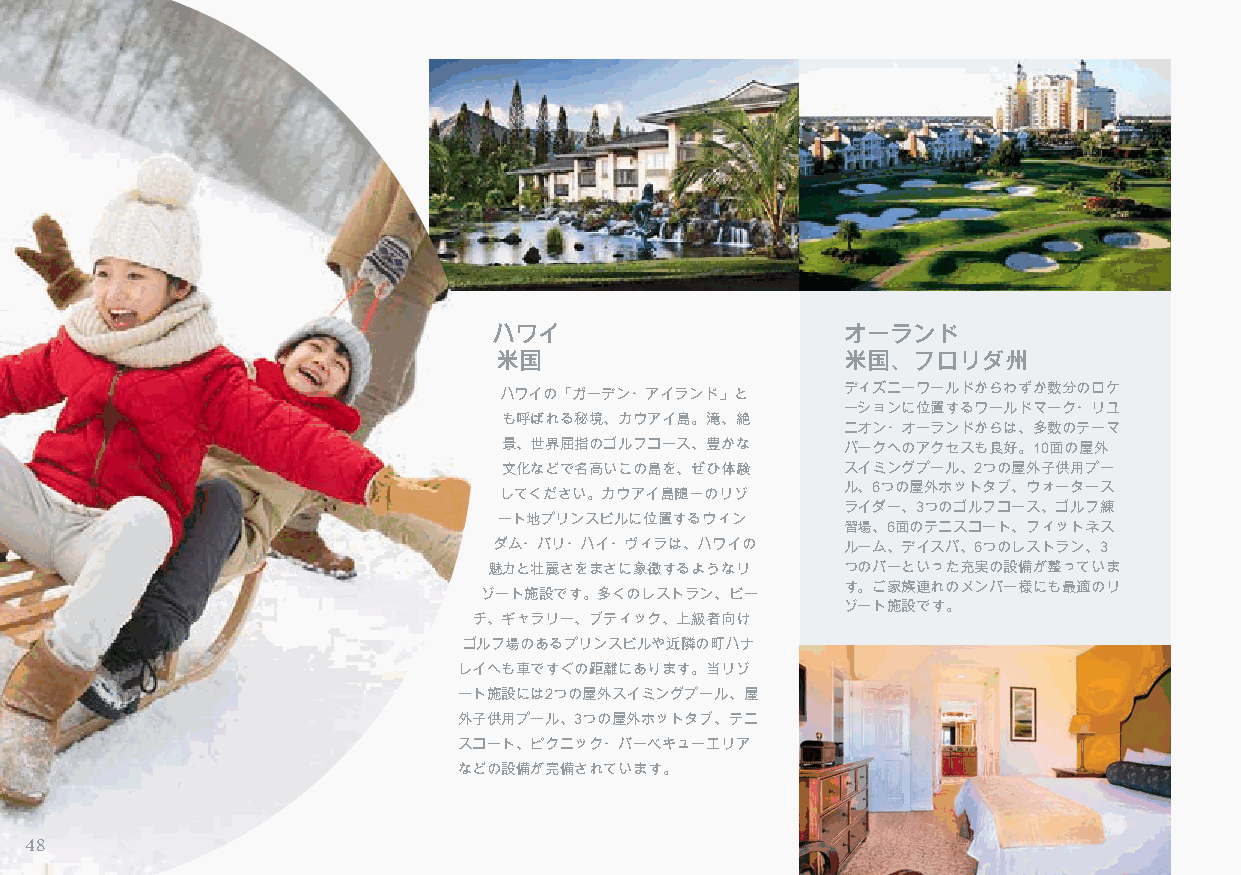
ハワイ                    オーランド
 米国                     米国、フロリダ州
 ハワイの「ガーデン・アイランド」と      ディズニーワールドからわずか数分のロケ
 ーションに位置するワールドマーク・リユ
 も呼ばれる秘境、カウアイ島。滝、絶
 ニオン・オーランドからは、多数のテーマ
 景、世界屈指のゴルフコース、豊かな      パークへのアクセスも良好。10面の屋外
 文化などで名高いこの島を、ぜひ体験      スイミングプール、2つの屋外子供用プー
 してください。カウアイ島随一のリゾ      ル、6つの屋外ホットタブ、ウォータース
 ライダー、3つのゴルフコース、ゴルフ練
 ート地プリンスビルに位置するウィン
 習場、6面のテニスコート、フィットネス
 ダム・バリ・ハイ・ヴィラは、ハワイの     ルーム、デイスパ、6つのレストラン、3
 魅力と壮麗さをまさに象徴するようなリ      つのバーといった充実の設備が整っていま
 す。ご家族連れのメンバー様にも最適のリ
 ゾート施設です。多くのレストラン、ビー
 ゾート施設です。
 チ、ギャラリー、ブティック、上級者向け
 ゴルフ場のあるプリンスビルや近隣の町ハナ
 レイへも車ですぐの距離にあります。当リゾ
 ート施設には2つの屋外スイミングプール、屋
 外子供用プール、3つの屋外ホットタブ、テニ
 スコート、ピクニック・バーベキューエリア
 などの設備が完備されています。
 48